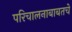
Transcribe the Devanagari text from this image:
परिचालनाबाबतचे